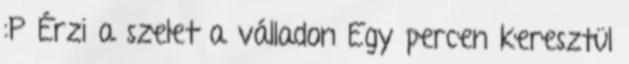
:P Érzi a szelet a válladon Egy percen keresztül